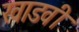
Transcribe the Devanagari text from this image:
खाडवी